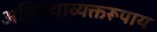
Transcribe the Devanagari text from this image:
अचिन्त्याव्यक्तरूपाय